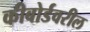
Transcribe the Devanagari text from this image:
कीबोर्डवरील